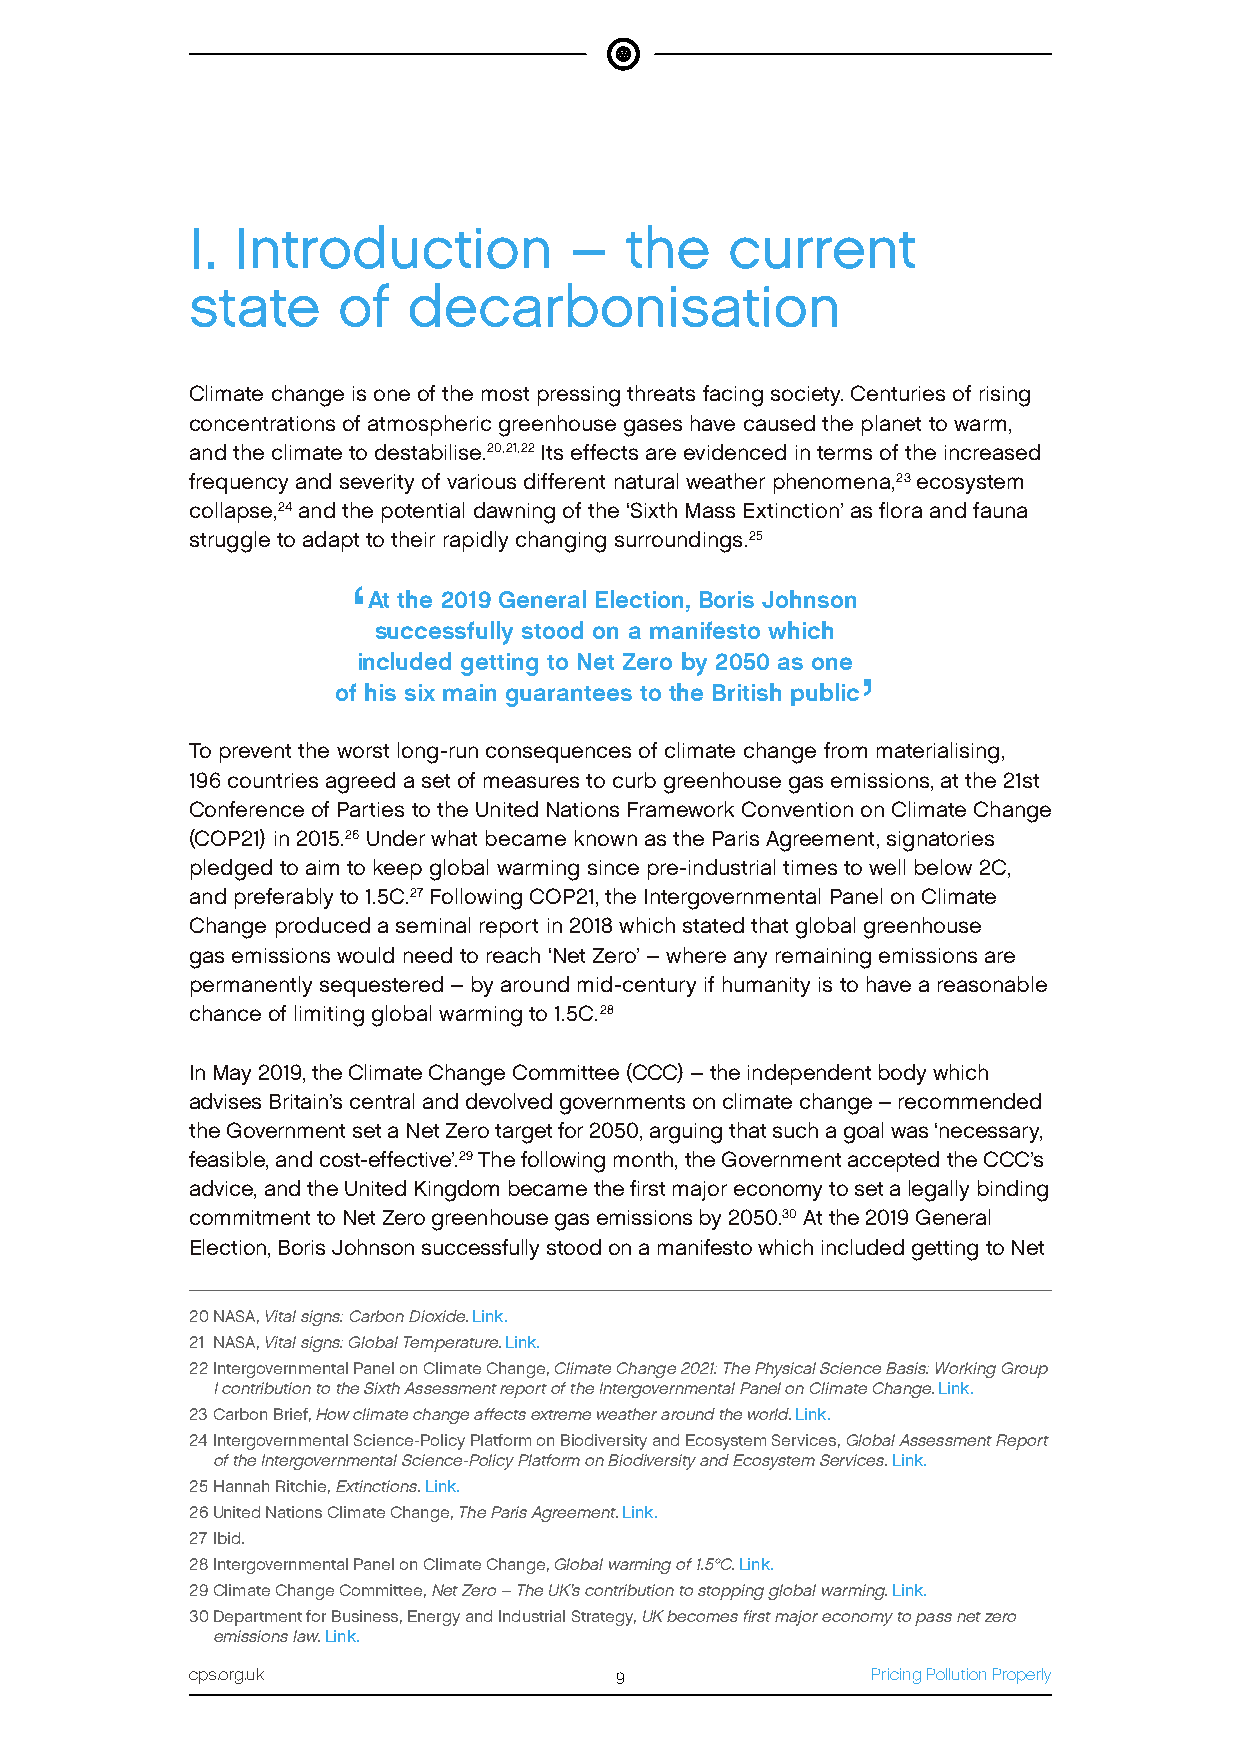
I. Introduction          –  the    current
 state    of   decarbonisation
 Climate change is one of the most pressing threats facing society. Centuries of rising
 concentrations of atmospheric greenhouse gases have caused the planet to warm,
 and the climate to destabilise.20,21,22 Its effects are evidenced in terms of the increased
 frequency and severity of various different natural weather phenomena,23 ecosystem
 collapse,24 and the potential dawning of the ‘Sixth Mass Extinction’ as flora and fauna
 struggle to adapt to their rapidly changing surroundings.25
 ‘
 At the 2019 General Election, Boris Johnson
 successfully stood on a manifesto which
 included getting to Net Zero by 2050 as one
 ’
 of his six main guarantees to the British public
 To prevent the worst long-run consequences of climate change from materialising,
 196 countries agreed a set of measures to curb greenhouse gas emissions, at the 21st
 Conference of Parties to the United Nations Framework Convention on Climate Change
 (COP21) in 2015.26 Under what became known as the Paris Agreement, signatories
 pledged to aim to keep global warming since pre-industrial times to well below 2C,
 and preferably to 1.5C.27 Following COP21, the Intergovernmental Panel on Climate
 Change produced a seminal report in 2018 which stated that global greenhouse
 gas emissions would need to reach ‘Net Zero’ – where any remaining emissions are
 permanently sequestered – by around mid-century if humanity is to have a reasonable
 chance of limiting global warming to 1.5C.28
 In May 2019, the Climate Change Committee (CCC) – the independent body which
 advises Britain’s central and devolved governments on climate change – recommended
 the Government set a Net Zero target for 2050, arguing that such a goal was ‘necessary,
 feasible, and cost-effective’.29 The following month, the Government accepted the CCC’s
 advice, and the United Kingdom became the first major economy to set a legally binding
 commitment to Net Zero greenhouse gas emissions by 2050.30 At the 2019 General
 Election, Boris Johnson successfully stood on a manifesto which included getting to Net
 20 NASA, Vital signs: Carbon Dioxide. Link.
 21 NASA, Vital signs: Global Temperature. Link.
 22 Intergovernmental Panel on Climate Change, Climate Change 2021: The Physical Science Basis: Working Group
 I contribution to the Sixth Assessment report of the Intergovernmental Panel on Climate Change. Link.
 23 Carbon Brief, How climate change affects extreme weather around the world. Link.
 24 Intergovernmental Science-Policy Platform on Biodiversity and Ecosystem Services, Global Assessment Report
 of the Intergovernmental Science-Policy Platform on Biodiversity and Ecosystem Services. Link.
 25 Hannah Ritchie, Extinctions. Link.
 26 United Nations Climate Change, The Paris Agreement. Link.
 27 Ibid.
 28 Intergovernmental Panel on Climate Change, Global warming of 1.5°C. Link.
 29 Climate Change Committee, Net Zero – The UK’s contribution to stopping global warming. Link.
 30 Department for Business, Energy and Industrial Strategy, UK becomes first major economy to pass net zero
 emissions law. Link.
 cps.org.uk                  9                Pricing Pollution Properly